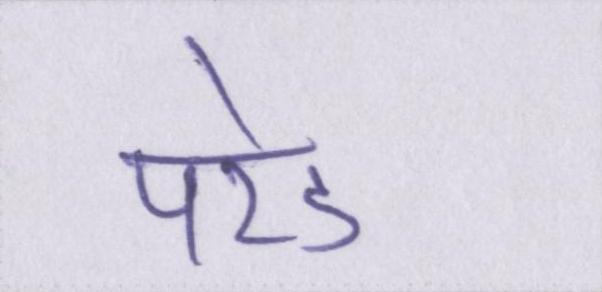
परेड